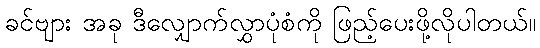
ခင်ဗျား အခု ဒီလျှောက်လွှာပုံစံကို ဖြည့်ပေးဖို့လိုပါတယ်။